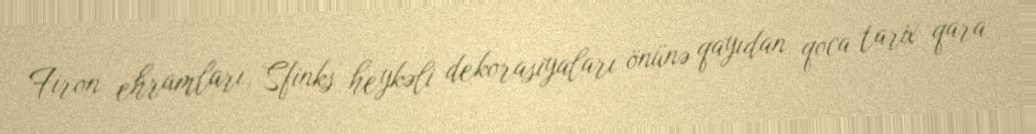
Firon ehramları, Sfinks heykəli dekorasiyaları önünə qayıdan qoca tarix qara